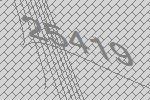
25419